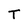
Character: T